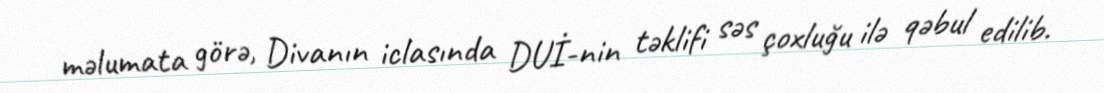
məlumata görə, Divanın iclasında DUİ-nin təklifi səs çoxluğu ilə qəbul edilib.